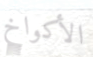
الأكواخ